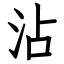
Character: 沾